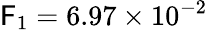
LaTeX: \mathsf{F}_{1}=6.97\times10^{-2}